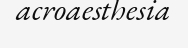
acroaesthesia